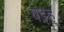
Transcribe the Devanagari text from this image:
बइह्‌